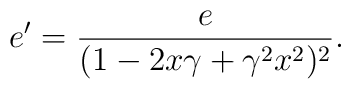
e'=\frac{e}{(1-2x\gamma+\gamma^2 x^2)^2}.